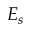
E _ { s }